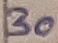
Text: 30